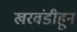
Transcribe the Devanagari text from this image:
खरवंडीहून